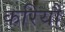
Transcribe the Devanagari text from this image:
करियौ